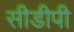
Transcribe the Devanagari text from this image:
सीडीपी